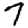
Digit: 7